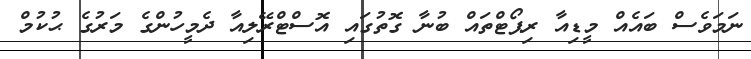
ނަމަވެސް ބައެއް މީޑިއާ ރިޕޯޓްތައް ބުނާ ގޮތުގައި އޮސްޓްރޭލިއާ ދެމީހުންގެ މަރުގެ ޙުކުމް